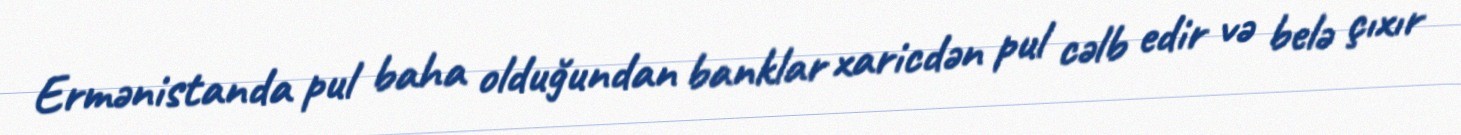
Ermənistanda pul baha olduğundan banklar xaricdən pul cəlb edir və belə çıxır